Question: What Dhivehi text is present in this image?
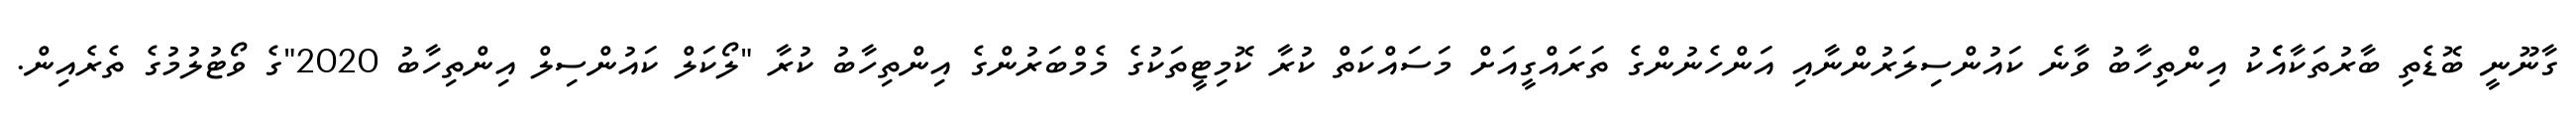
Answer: ގާނޫނީ ބޮޑެތި ބާރުތަކާއެެކު އިންތިހާބު ވާނެ ކައުންސިލަރުންނާއި އަންހެނުންގެ ތަރައްގީއަށް މަސައްކަތް ކުރާ ކޮމިޓީތަކުގެ މެމްބަރުންގެ އިންތިހާބު ކުރާ "ލޯކަލް ކައުންސިލް އިންތިހާބު 2020"ގެ ވޯޓުލުމުގެ ތެރެއިން.